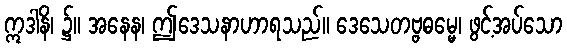
ဣဒါနိ၊ ၌။ အနေန၊ ဤဒေသနာဟာရသည်။ ဒေသေတဗ္ဗဓမ္မေ၊ ဖွင့်အပ်သော